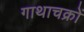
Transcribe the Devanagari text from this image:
गाथाचक्रों